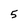
Character: 5